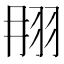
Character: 𦐎